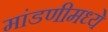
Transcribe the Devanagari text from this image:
मांडणीमध्‍ये